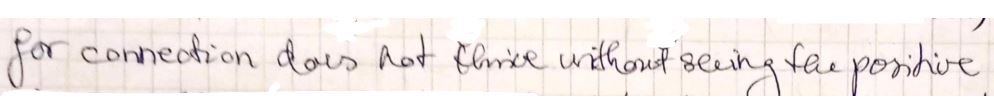
for connection does not think without seeing the positive